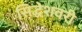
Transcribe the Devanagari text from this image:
सिद्धेशवरी